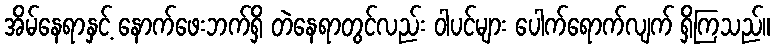
အိမ်နေရာနှင့် နောက်ဖေးဘက်ရှိ တဲနေရာတွင်လည်း ဝါပင်များ ပေါက်ရောက်လျက် ရှိကြသည်။